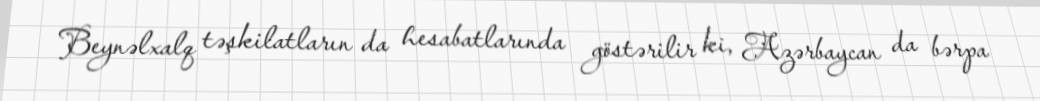
Beynəlxalq təşkilatların da hesabatlarında göstərilir ki, Azərbaycan da bərpa